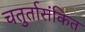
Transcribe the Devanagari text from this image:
चतुर्तारांकित